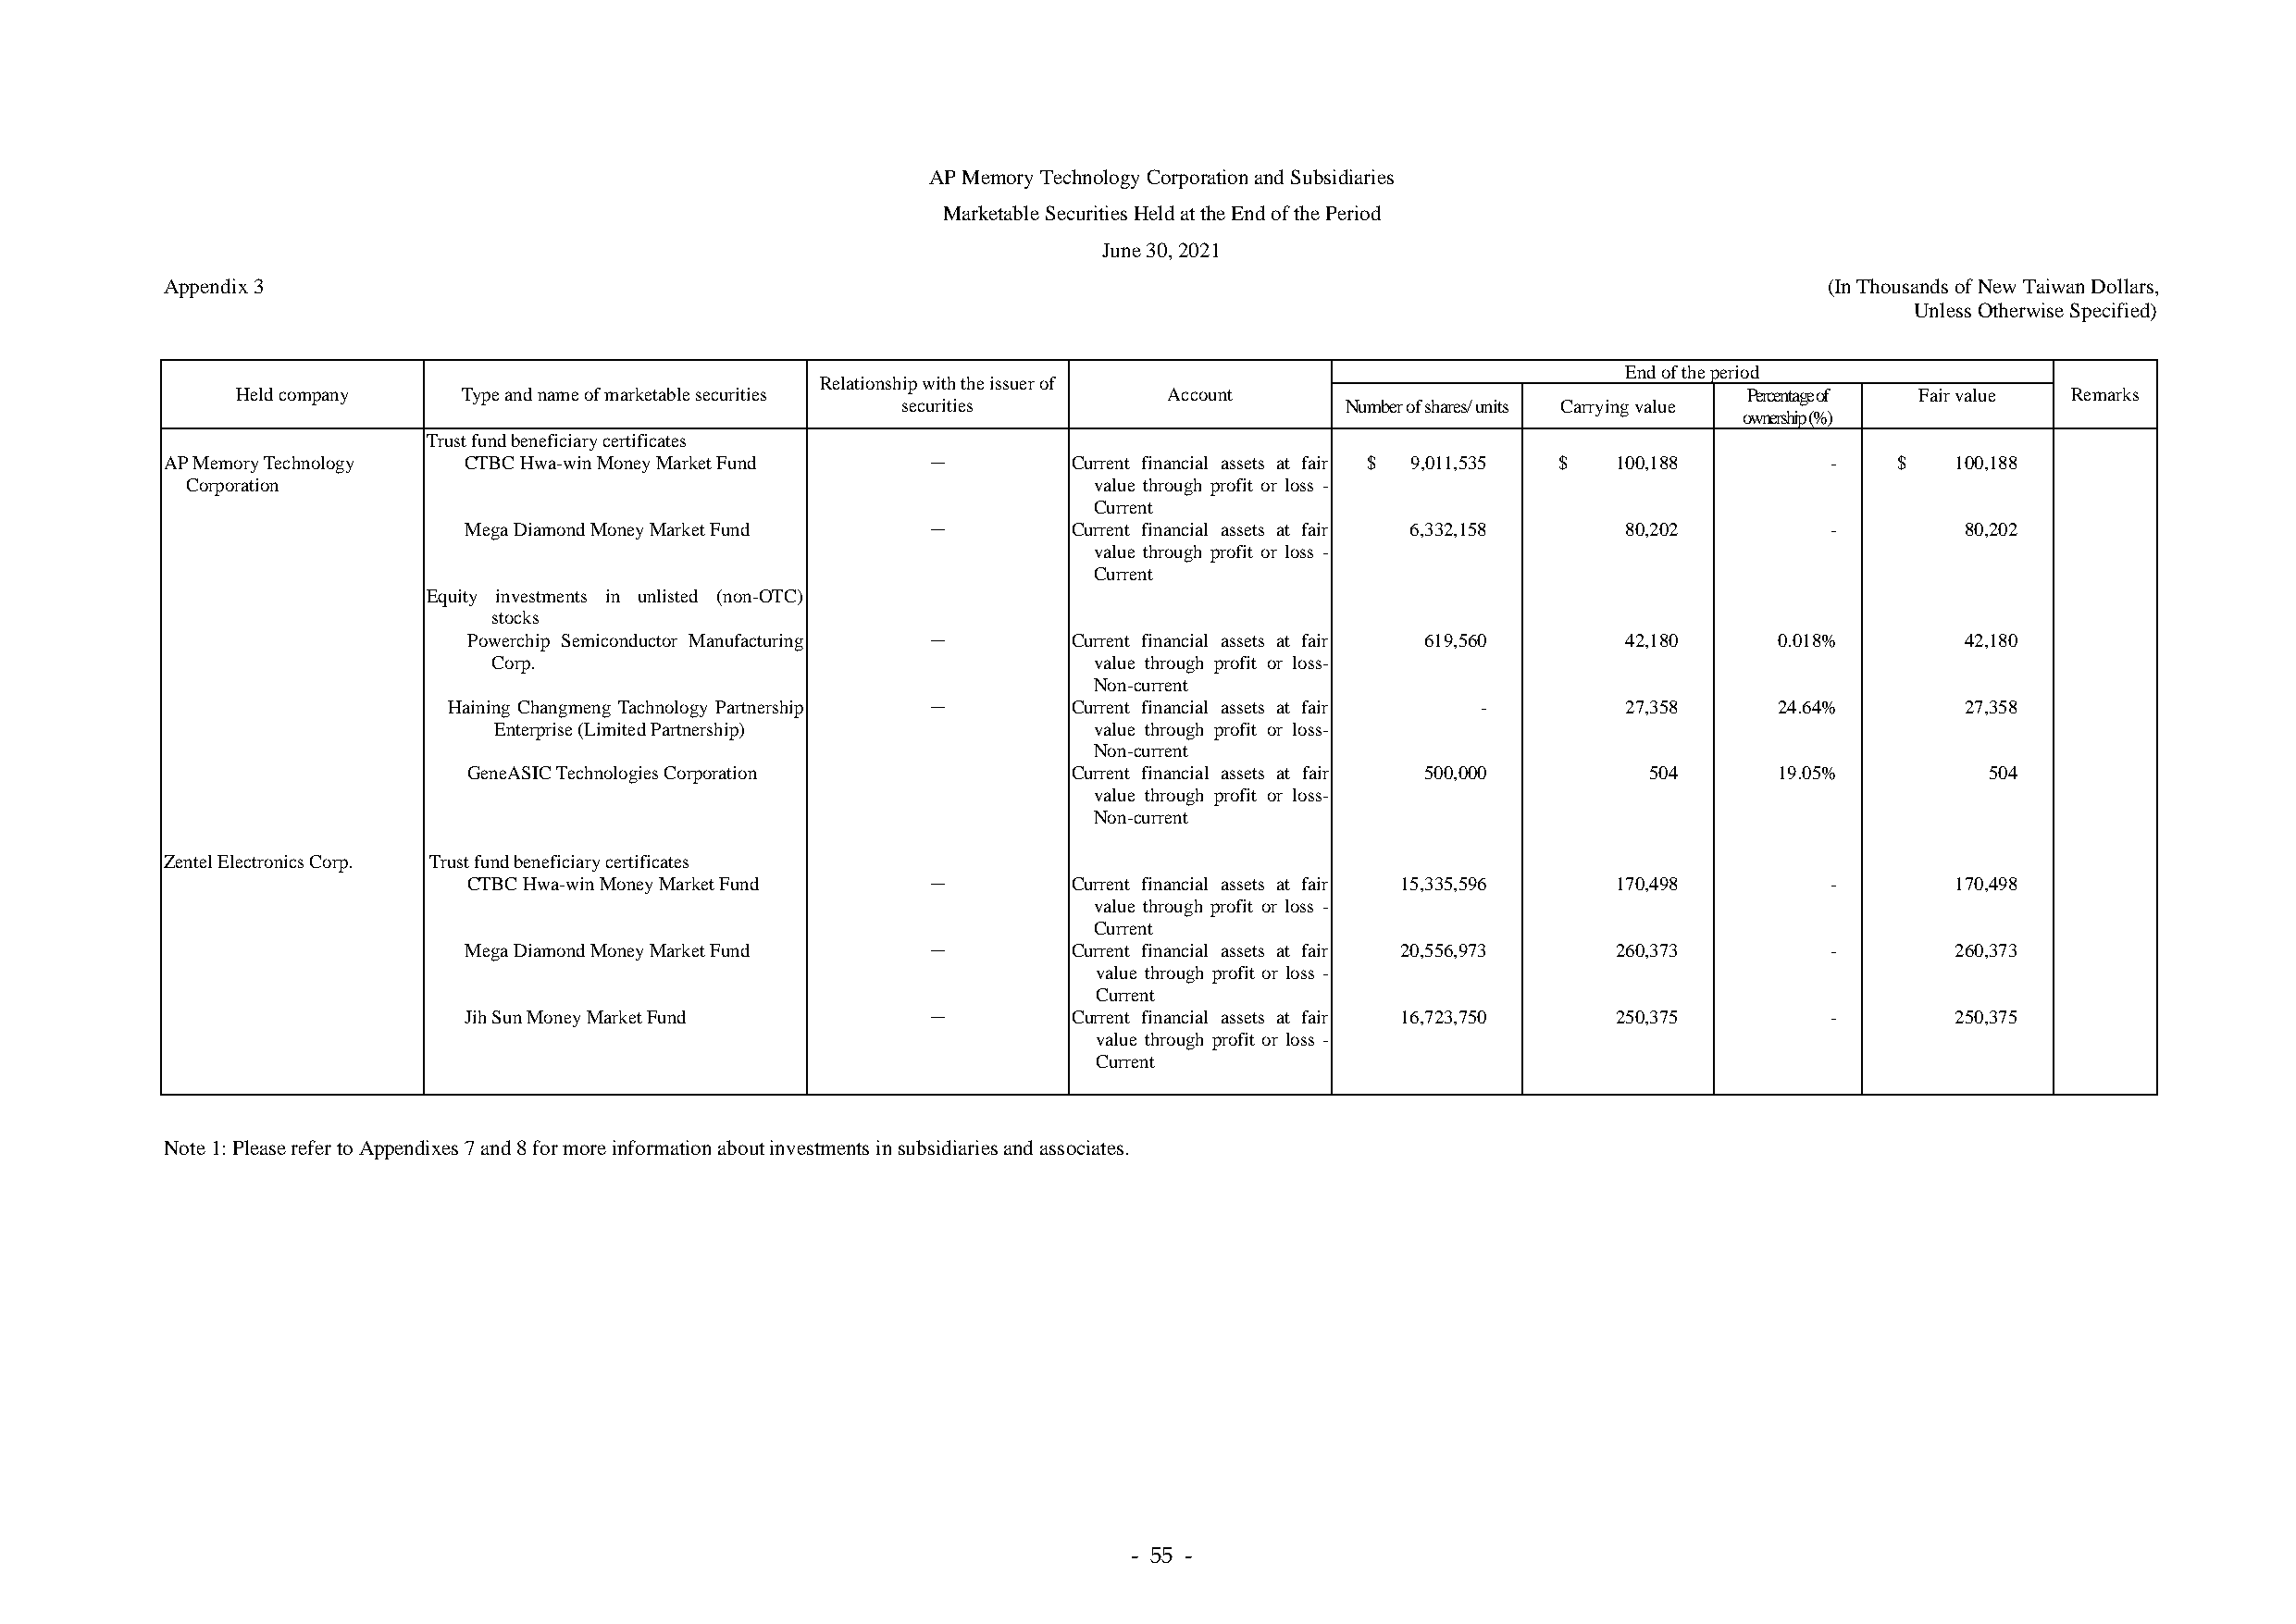
AP Memory Technology Corporation and Subsidiaries
 Marketable Securities Held at the End of the Period
 June 30, 2021
 Appendix 3                                                                                                             (In Thousands of New Taiwan Dollars,
 Unless Otherwise Specified)
 End of the period
 Relationship with the issuer of
 Held company    Type and name of marketable securities            Account                                   Percentage of Fair value Remarks
 securities                      Number of shares/ units Carrying value
 ownership (%)
 Trust fund beneficiary certificates
 AP Memory Technology CTBC Hwa-win Money Market Fund   －          Current financial assets at fair $ 9,011,535 $ 100,188 -   $   100,188
 Corporation                                                      value through profit or loss -
 Current
 Mega Diamond Money Market Fund   －          Current financial assets at fair 6,332,158 80,202     -         80,202
 value through profit or loss -
 Current
 Equity investments in unlisted (non-OTC)
 stocks
 Powerchip Semiconductor Manufacturing －     Current financial assets at fair 619,560 42,180   0.018%        42,180
 Corp.                                      value through profit or loss-
 Non-current
 Haining Changmeng Tachnology Partnership －   Current financial assets at fair -     27,358     24.64%        27,358
 Enterprise (Limited Partnership)           value through profit or loss-
 Non-current
 GeneASIC Technologies Corporation           Current financial assets at fair 500,000 504      19.05%         504
 value through profit or loss-
 Non-current
 Zentel Electronics Corp. Trust fund beneficiary certificates
 CTBC Hwa-win Money Market Fund   －          Current financial assets at fair 15,335,596 170,498   -        170,498
 value through profit or loss -
 Current
 Mega Diamond Money Market Fund   －          Current financial assets at fair 20,556,973 260,373   -        260,373
 value through profit or loss -
 Current
 Jih Sun Money Market Fund        －          Current financial assets at fair 16,723,750 250,375   -        250,375
 value through profit or loss -
 Current
 Note 1: Please refer to Appendixes 7 and 8 for more information about investments in subsidiaries and associates.
 - 55 -